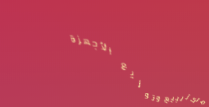
مركز لبيع وتوزيع الأجهزة